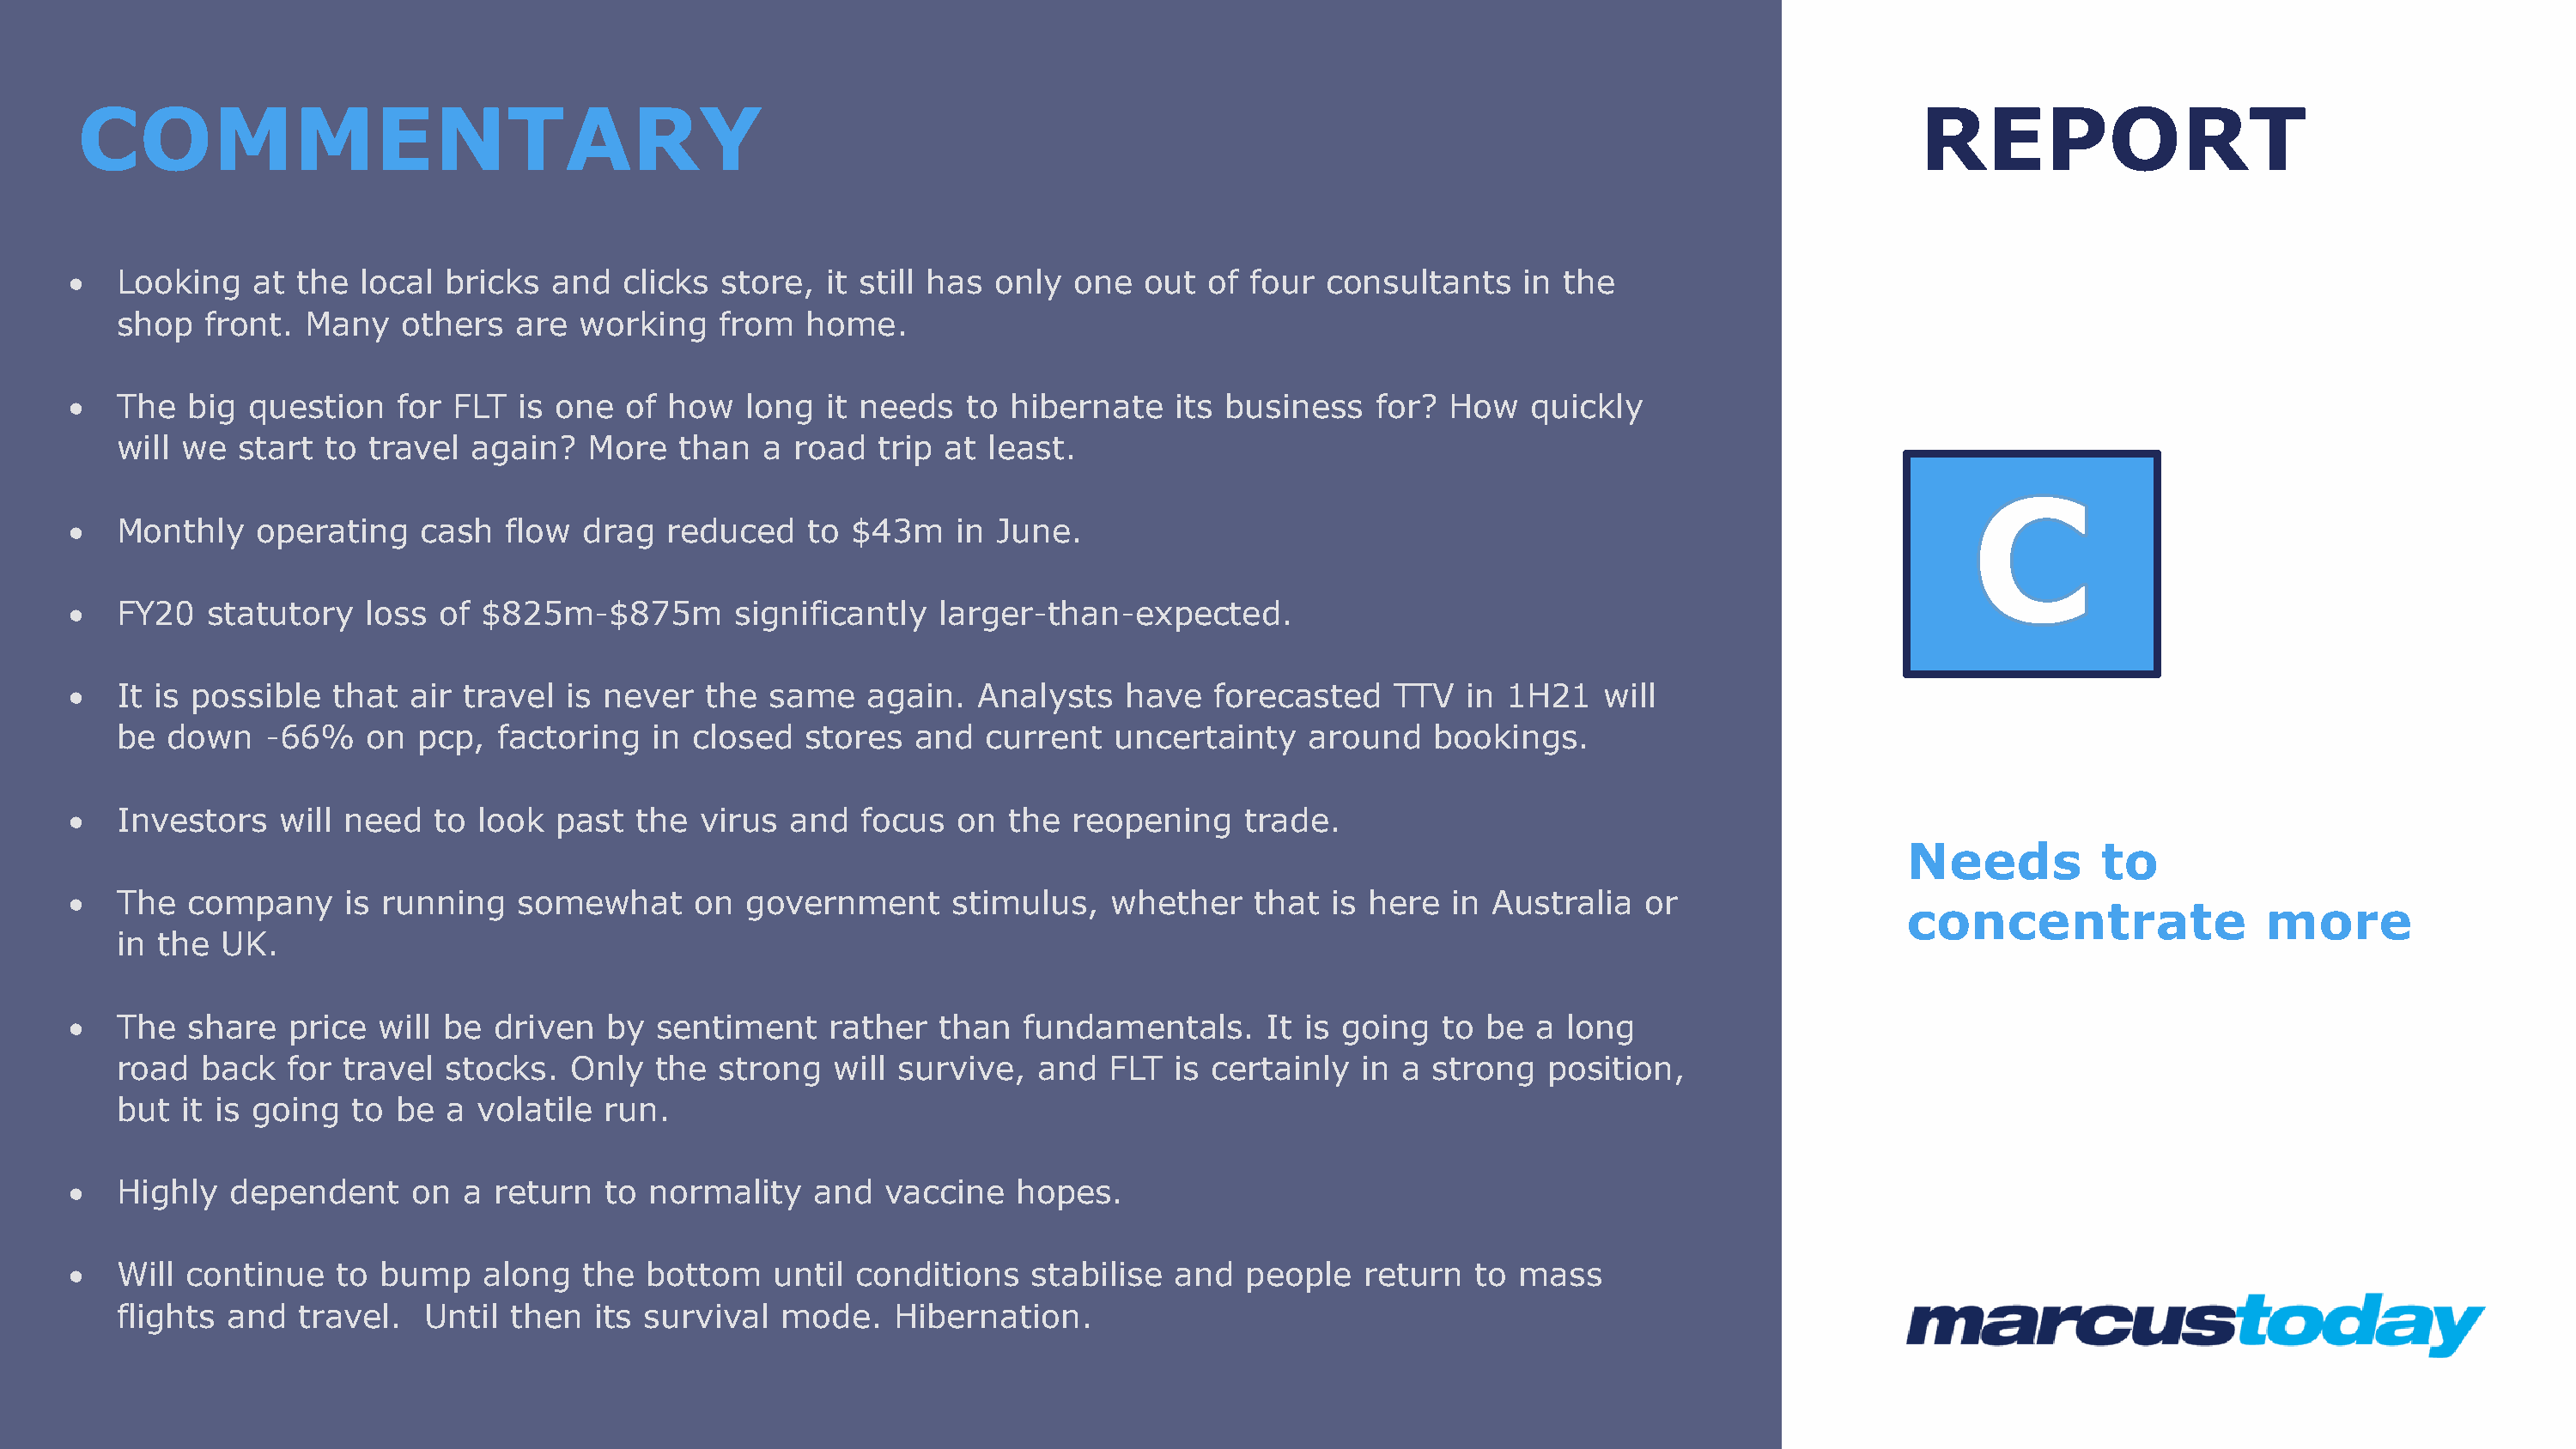
COMMENTARY                                                                                                                                    REPORT
 •   Looking    at the  local bricks   and  clicks  store,  it still has only  one  out  of four  consultants    in  the
 shop   front.  Many   others   are  working   from   home.
 •   The  big  question    for FLT  is one  of  how  long   it needs  to  hibernate    its business   for?  How   quickly
 will we  start  to travel  again?   More   than   a road   trip at least.
 •   Monthly    operating   cash   flow  drag  reduced    to  $43m    in June.
 •   FY20   statutory   loss  of $825m-$875m         significantly  larger-than-expected.
 •   It is possible   that  air travel  is never  the  same    again.  Analysts    have   forecasted   TTV   in 1H21    will
 be  down   -66%    on  pcp,  factoring   in closed   stores   and  current   uncertainty    around    bookings.
 •   Investors    will need  to  look  past  the  virus  and  focus   on  the  reopening    trade.
 Needs          to
 •   The  company      is running   somewhat      on government      stimulus,    whether    that  is here  in Australia   or
 concentrate                 more
 in the  UK.
 •   The  share   price  will be  driven   by  sentiment    rather  than   fundamentals.      It is going  to  be a  long
 road  back   for travel  stocks.   Only   the strong   will survive,   and   FLT  is certainly  in a strong   position,
 but  it is going  to be  a  volatile  run.
 •   Highly   dependent     on  a return   to normality    and  vaccine   hopes.
 •   Will continue    to bump    along   the  bottom    until conditions    stabilise  and  people   return   to mass
 flights  and  travel.   Until then   its survival  mode.    Hibernation.